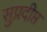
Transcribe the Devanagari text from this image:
सुप्रदीप्त